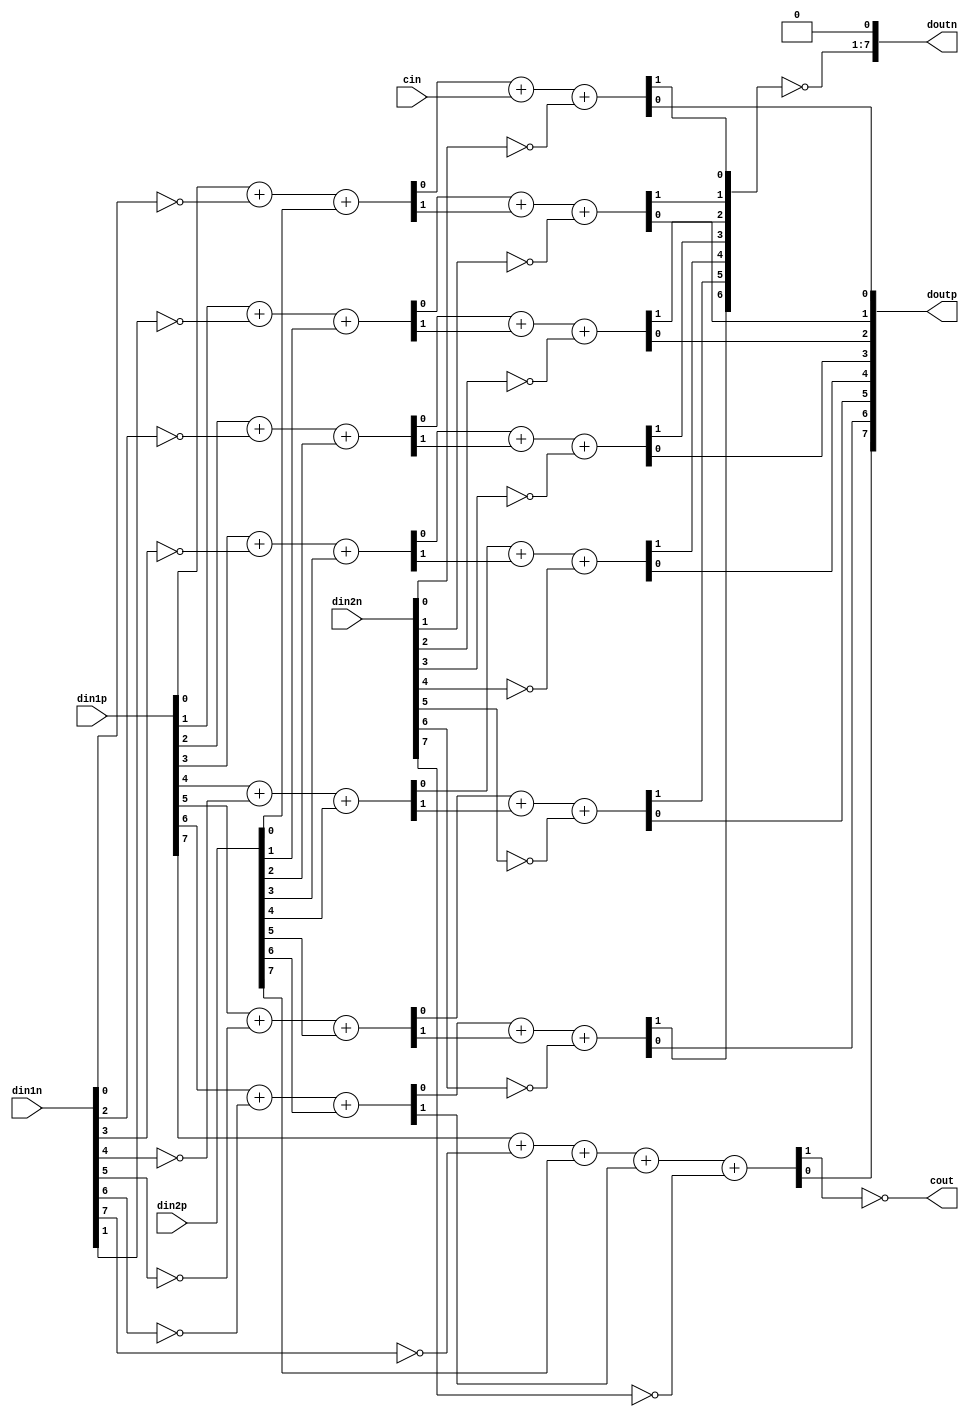
module radix2adderParallelBlock(din1p, din1n, din2p, din2n, cin, doutp, doutn, cout);
	parameter no_of_digits = 8;

	output cout;
	output[no_of_digits-1:0] doutp, doutn;
	input [no_of_digits-1:0] din1p, din1n, din2p, din2n;
	input cin;
		

	wire[no_of_digits-1:0] fa1c, fa1s, fa2c, fa2s;

	assign {fa1c[0], fa1s[0]} = din1p[0] + !(din1n[0]) + din2p[0];
	assign {fa2c[0], fa2s[0]} = fa1s[0] + cin + !(din2n[0]);

	genvar i;
	generate
		for (i=1; i<no_of_digits; i=i+1)
		begin : generateFAs
			assign {fa1c[i], fa1s[i]} = din1p[i] + !(din1n[i]) + din2p[i];
			assign {fa2c[i], fa2s[i]} = fa1s[i] + fa1c[i-1] + !(din2n[i]);
		end
	endgenerate

	assign doutn[no_of_digits-1:1] = ~fa2c[no_of_digits-2:0];
	assign doutn[0] = 0;
	assign doutp = fa2s;
	assign cout = !(fa2c[no_of_digits-1]);
	
endmodule

/*
module singleUnit(fa2c, fa2s, din1p, din1n, din2p, din2n);
	assign {fa1c[i], fa1s[i]} = din1p[i] + ~din1n[i] + din2p[i];
	assign {fa2c[i], fa2s[i]} = fa1s[i] + fa1c[i-1] + ~din2n[i-1];

endmodule
*/